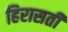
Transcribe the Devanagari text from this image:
हिरासती